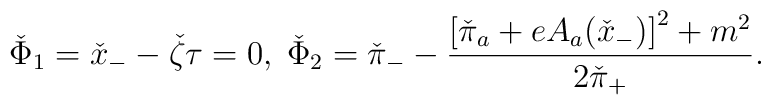
\check{\Phi}_{1}=\check{x}_{-}-\check{\zeta}\tau=0,\;\check{\Phi}_{2}=\check{\pi}_{-}-\frac{\left[\check{\pi}_{a}+eA_{a}(\check{x}_{-})\right]^{2}+m^{2}}{2\check{\pi}_{+}}.